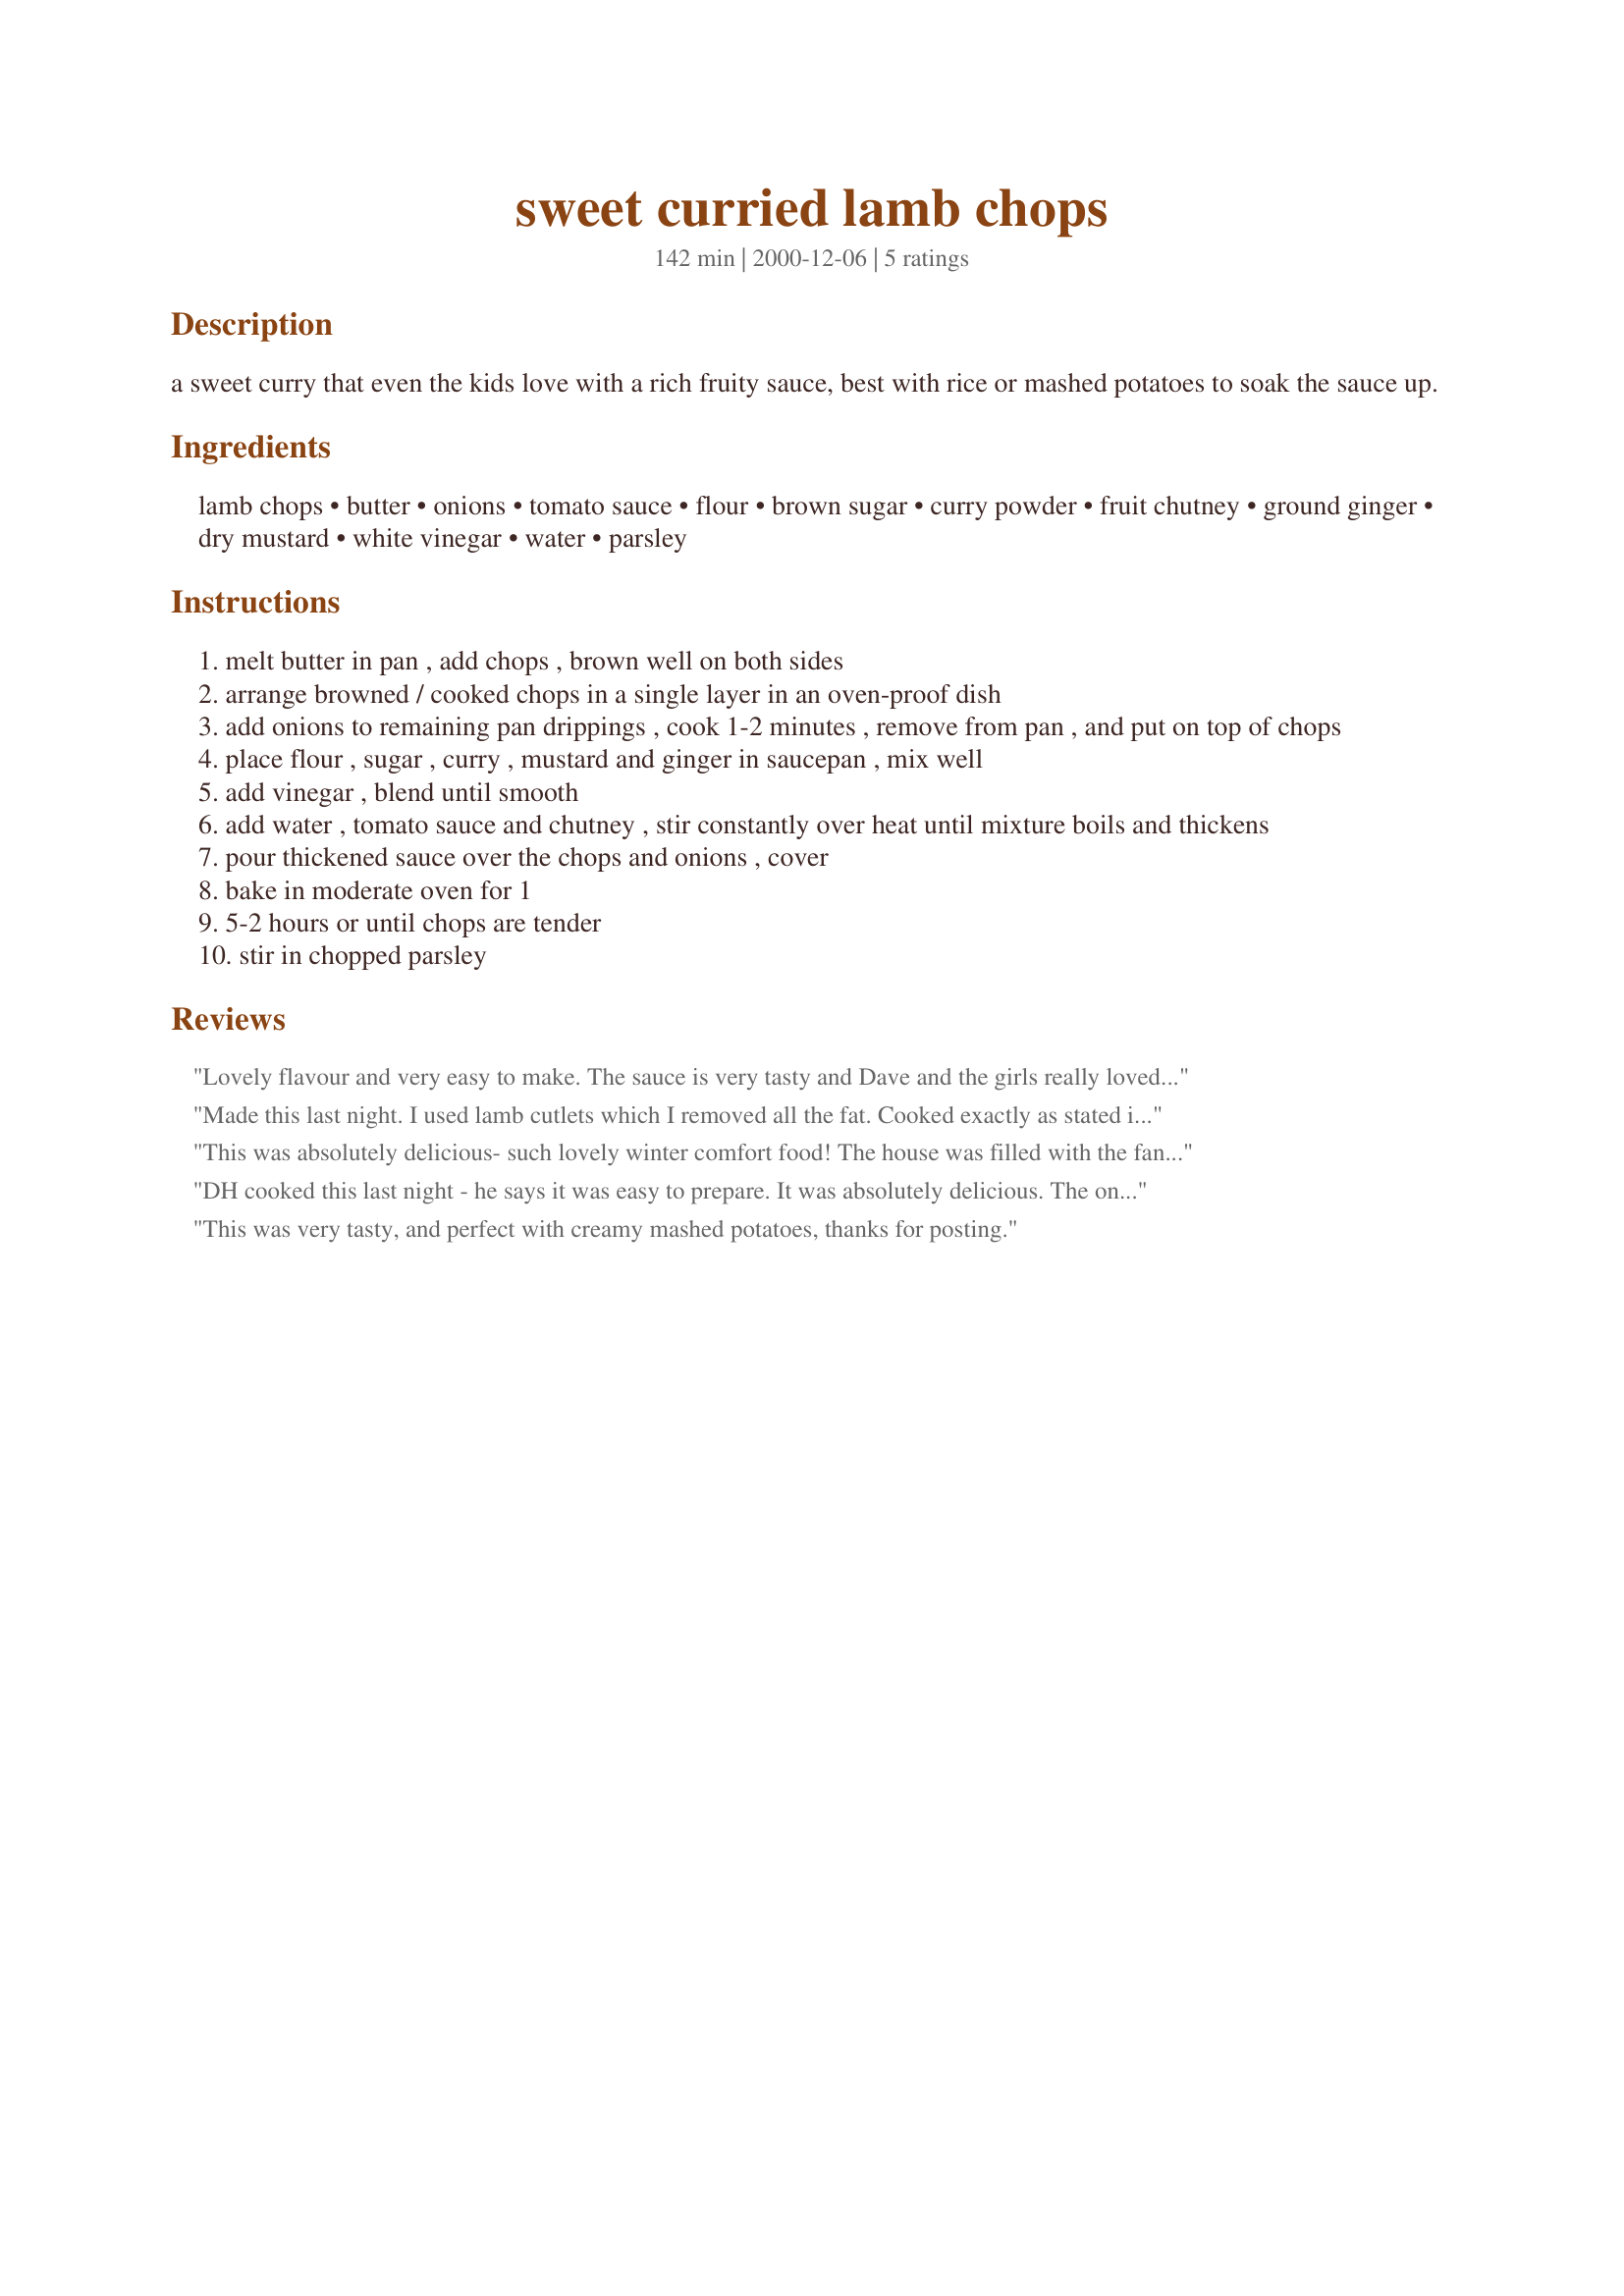
sweet curried lamb chops
Preparation time: 142 minutes

a sweet curry that even the kids love with a rich fruity sauce, best with rice or mashed potatoes to soak the sauce up.

Ingredients:
lamb chops, butter, onions, tomato sauce, flour, brown sugar, curry powder, fruit chutney, ground ginger, dry mustard, white vinegar, water, parsley

Steps:
melt butter in pan , add chops , brown well on both sides
arrange browned / cooked chops in a single layer in an oven-proof dish
add onions to remaining pan drippings , cook 1-2 minutes , remove from pan , and put on top of chops
place flour , sugar , curry , mustard and ginger in saucepan , mix well
add vinegar , blend until smooth
add water , tomato sauce and chutney , stir constantly over heat until mixture boils and thickens
pour thickened sauce over the chops and onions , cover
bake in moderate oven for 1
5-2 hours or until chops are tender
stir in chopped parsley

Reviews:
Lovely flavour and very easy to make. The sauce is very tasty and Dave and the girls really loved it. Next time I would use Lamb Shanks. Thanks for posting.
Made this last night. I used lamb cutlets which I removed all the fat. Cooked exactly as stated in the recipe, and it was sooooo delicious. Served alonside roast vegetables and brown rice. Very good and one I will make regularly.
This was absolutely delicious- such lovely winter comfort food! The house was filled with the fantastic smell, and more importantly it was quick and easy!! Will be on the menu again that's for sure!
DH cooked this last night - he says it was easy to prepare. It was absolutely delicious. The only thing he did differently was cook it in the pressure cooker. Highly recommend this dish.
This was very tasty, and perfect with creamy mashed potatoes, thanks for posting.
